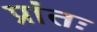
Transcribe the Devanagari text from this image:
प्रांतः